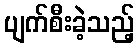
ပျက်စီးခဲ့သည့်